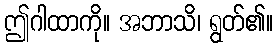
ဤဂါထာကို။ အဘာသိ၊ ရွတ်၏။